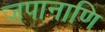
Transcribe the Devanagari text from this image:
जपानाणि